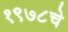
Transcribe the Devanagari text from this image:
१९७८चे